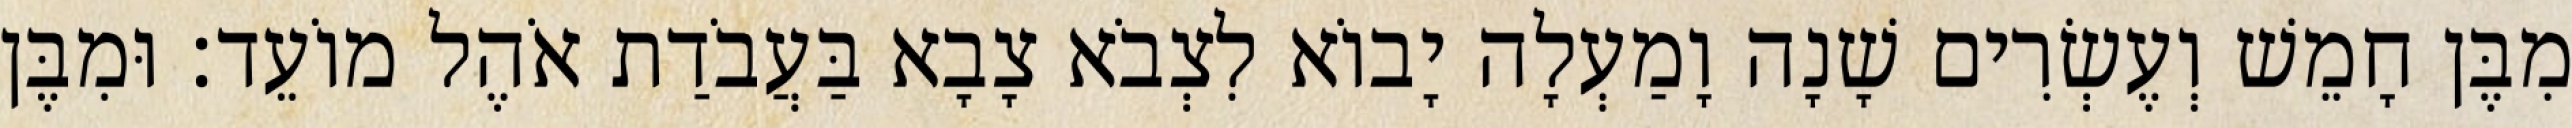
מִבֶּן חָמֵשׁ וְעֶשְׂרִים שָׁנָה וָמַעְלָה יָבוֹא לִצְבֹא צָבָא בַּעֲבֹדַת אֹהֶל מוֹעֵד׃ וּמִבֶּן